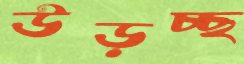
উড়চ্ছ